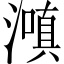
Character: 𬉌